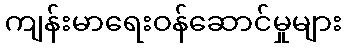
ကျန်းမာရေးဝန်ဆောင်မှုများ